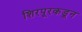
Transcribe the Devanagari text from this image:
शिरपूरकडून